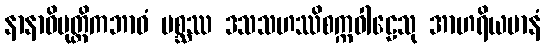
နာနာဓိမုတ္တိကဘာဝံ မစ္ဆဿ ဒသသဟဿိစက္ကဝါဠေသု အာဟရိယမာနံ